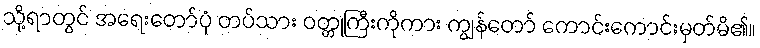
သို့ရာတွင် အရေးတော်ပုံ တပ်သား ဝတ္တုကြီးကိုကား ကျွန်တော် ကောင်းကောင်းမှတ်မိ၏။